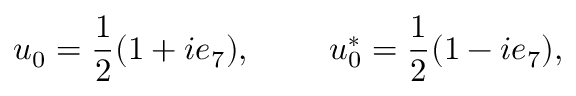
u _ { 0 } = \frac { 1 } { 2 } ( 1 + i e _ { 7 } ) , ~ ~ ~ ~ ~ ~ ~ u _ { 0 } ^ { * } = \frac { 1 } { 2 } ( 1 - i e _ { 7 } ) ,